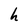
Character: h